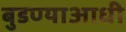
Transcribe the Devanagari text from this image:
बुडण्याआधी